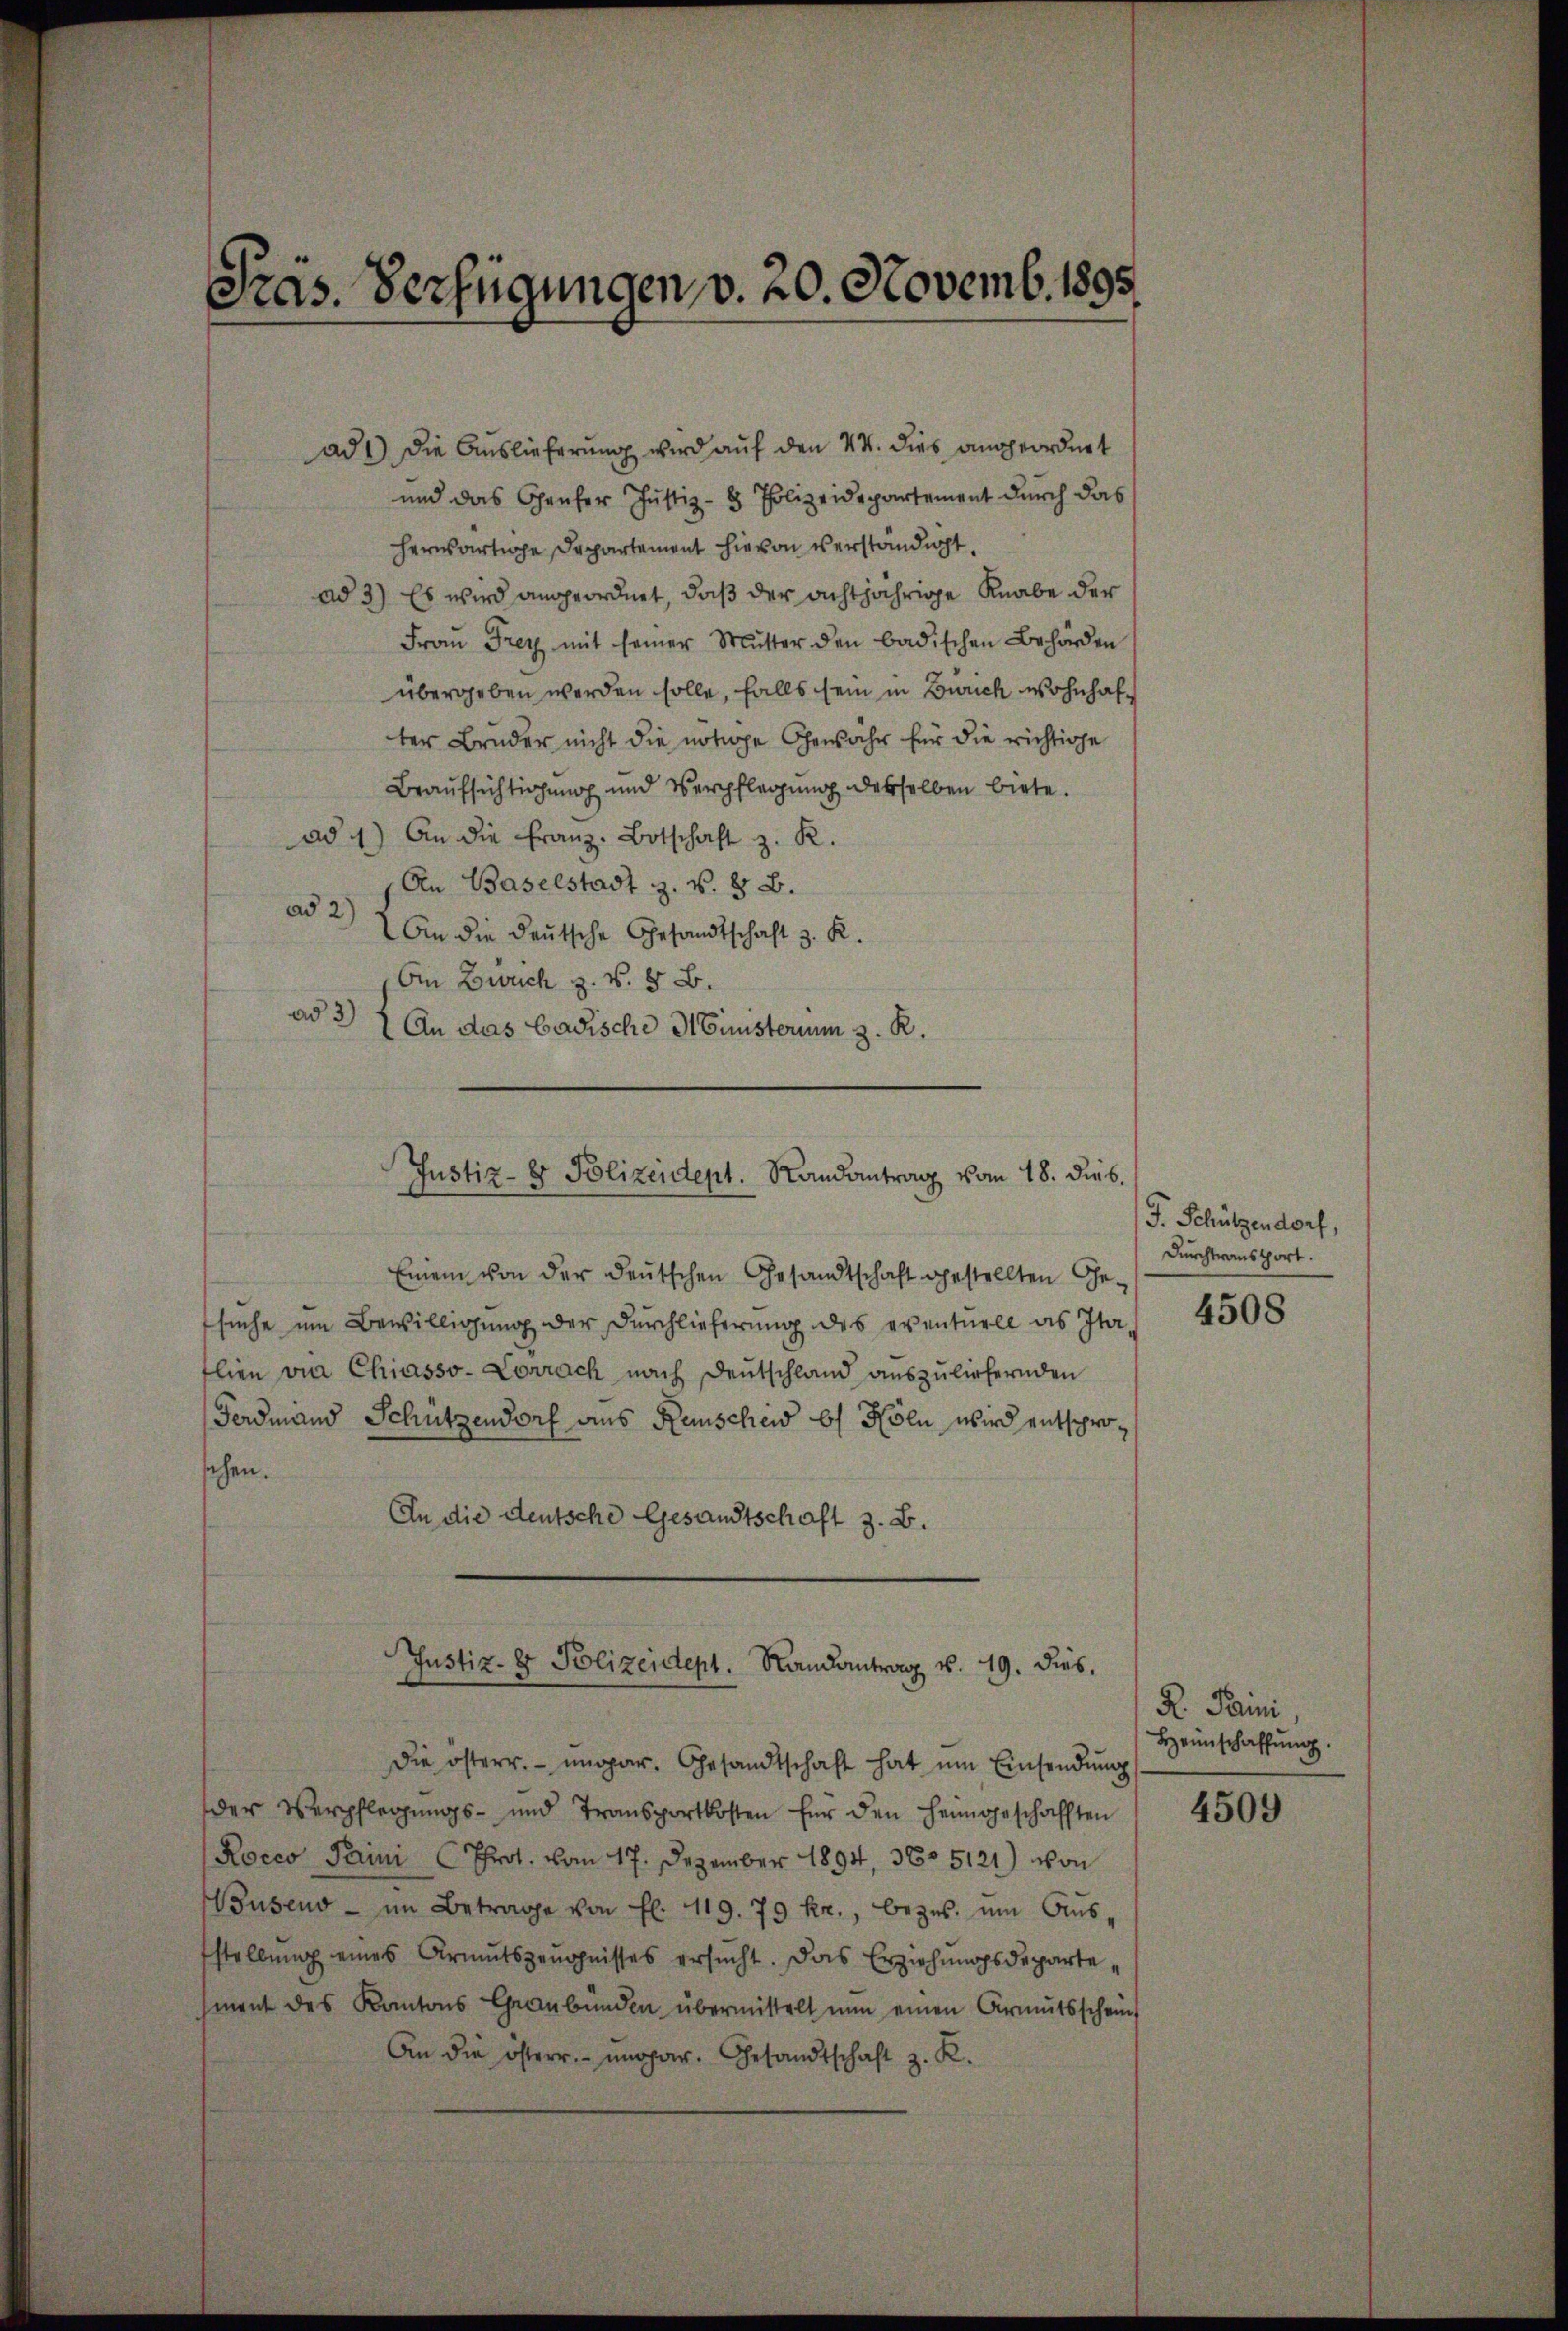
Präs. Verfügungen, v. 20. Novemb. 1895

ad 1) Die Auslieferung wird auf den 44. dies angeordnet
und das Genfer Justiz- & Polizeidepartement durch das
herwärtige Departement hievon verständigt.
ad 3) Es wird angeordnet, daß der achtjährige Knabe der
Frau Frey mit seiner Mŭtter den badischen Behörden
übergeben werden solle, falls sein in Zürich wohnhafter Brüder nicht die nötige Gewahr für die richtige
Beaufsichtigung und Verpflegung desselben biete.
An die Franz. Botschaft z. K.
ad 1
An Baselstadt z. B. § 8.
ad 2)
An die deutsche Gesandtschaft z. K.
An Zürich z. B. § B.
ad 3)
An das Badische Ministerium z. R.

Justiz- & Polizeident. Randantrag vom 18. dies.

Einem von der deutschen Gesandtschaft gestellten Gesuche um Bewilligung der Durchlieferung des eventuell as Italien vie Chiasso- Corrach nach Deutschland auszuliefernden
Fordmand Schützendorf aus Reinscheid b Köln wird entsproechen.
An die deutsche Gesandtschaft z. B.

Justiz- & Polizeident. Randantrag v. 19. dies.

die österr. ungar. Gesandtschaft hat ŭm Einsendung
der Verpflegungs- und Transportkosten für den Heimgeschafften
Rocco Parini Prot. vom 17. Dezember 1894, 360 5121) von
Musend - im Betrage von fl. 1119. 79 kr., bezŭs. um Aus
stellŭng eines Armutszeŭgnisses ersŭcht. Das Erziehungsdepartement des Kantons Graubünden übermittelt nun einen Armutsschein
An die österr. ungar. Gesandtschaft z. R.

F. Schützendorf,
Durchtransport.

4508

R. Trini,
Heimschaffung.

4509